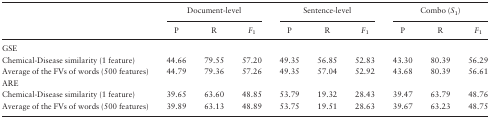
|  | <COLSPAN=3> Document-level | <COLSPAN=3> Sentence-level | <COLSPAN=3> Combo (S1) |
 |  | P | R | F1 | P | R | F1 | P | R | F1 |
 | --- | --- | --- | --- | --- | --- | --- | --- | --- | --- |
 | GSE |  |  |  |  |  |  |  |  |  |
 | Chemical-Disease similarity (1 feature) | 44.66 | 79.55 | 57.20 | 49.35 | 56.85 | 52.83 | 43.30 | 80.39 | 56.29 |
 | Average of the FVs of words (500 features) | 44.79 | 79.36 | 57.26 | 49.35 | 57.04 | 52.92 | 43.68 | 80.39 | 56.61 |
 | ARE |  |  |  |  |  |  |  |  |  |
 | Chemical-Disease similarity (1 feature) | 39.65 | 63.60 | 48.85 | 53.79 | 19.32 | 28.43 | 39.47 | 63.79 | 48.76 |
 | Average of the FVs of words (500 features) | 39.89 | 63.13 | 48.89 | 53.75 | 19.51 | 28.63 | 39.67 | 63.23 | 48.75 |